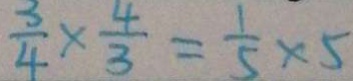
\frac { 3 } { 4 } \times \frac { 4 } { 3 } = \frac { 1 } { 5 } \times 5